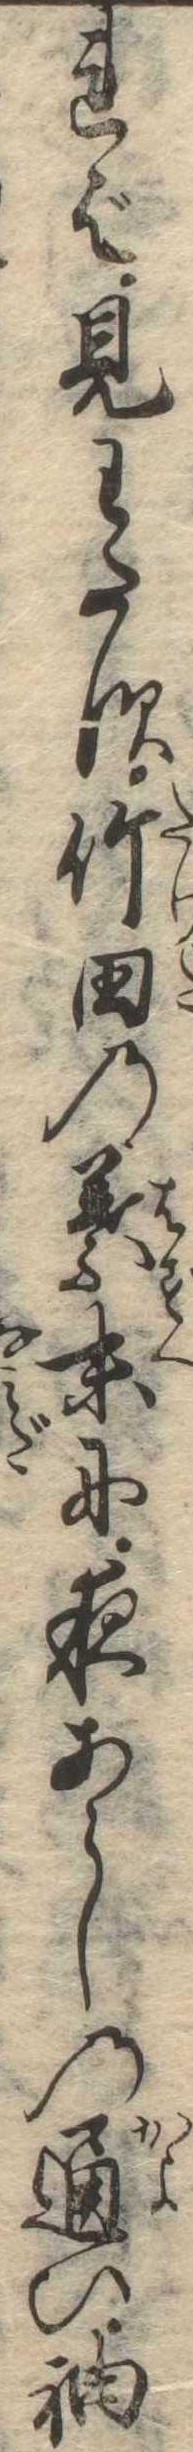
れば見わたす竹田の葉末に夜あらしの通ひ袖